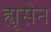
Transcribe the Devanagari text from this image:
ह्यूसेन